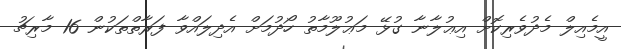
އީމެއިލް މެދުވެރިކޮށް އިޢުލާނާ ގުޅޭ މަޢުލޫމާތު ހޯދުމަށް އެދިލައްވާ ފަރާތްތަކުން 16 މާރިޗު